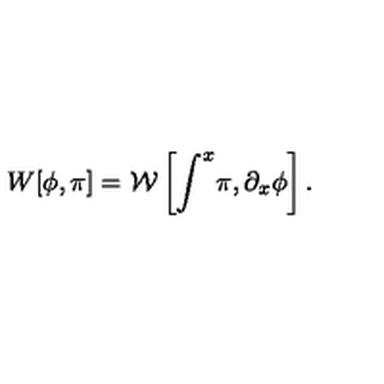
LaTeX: W [ \phi , \pi ] = \mathcal { W } \left[ \int ^ { x } \! \pi , \partial _ { x } \phi \right] .